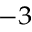
^ { - 3 }